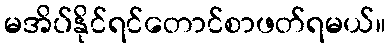
မအိပ်နိုင်ရင်တောင်စာဖတ်ရမယ်။